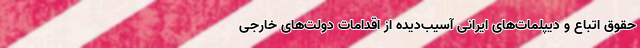
حقوق اتباع و دیپلمات‌های ایرانی آسیب‌دیده از اقدامات دولت‌های خارجی